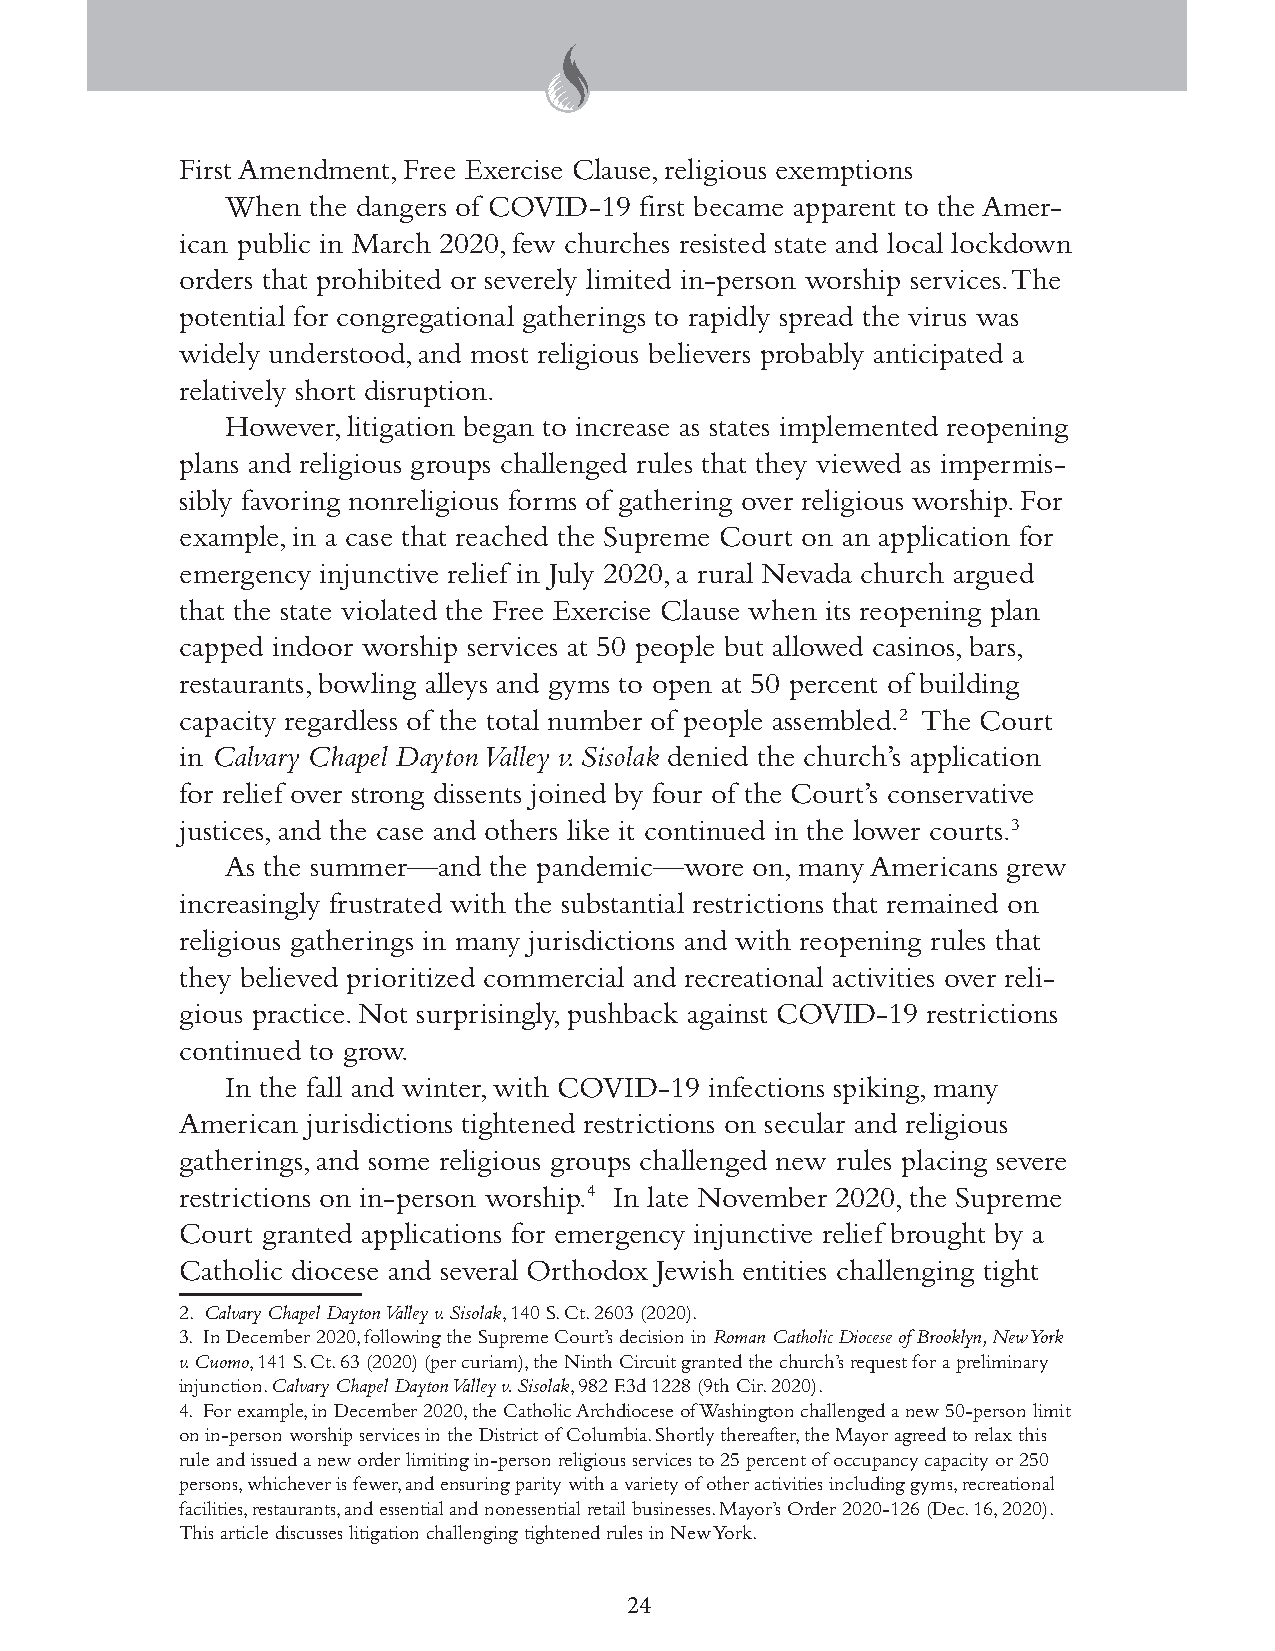
First Amendment, Free Exercise Clause, religious exemptions
 When the dangers of COVID-19 first became apparent to the Amer-
 ican public in March 2020, few churches resisted state and local lockdown
 orders that prohibited or severely limited in-person worship services. The
 potential for congregational gatherings to rapidly spread the virus was
 widely understood, and most religious believers probably anticipated a
 relatively short disruption.
 However, litigation began to increase as states implemented reopening
 plans and religious groups challenged rules that they viewed as impermis-
 sibly favoring nonreligious forms of gathering over religious worship. For
 example, in a case that reached the Supreme Court on an application for
 emergency injunctive relief in July 2020, a rural Nevada church argued
 that the state violated the Free Exercise Clause when its reopening plan
 capped indoor worship services at 50 people but allowed casinos, bars,
 restaurants, bowling alleys and gyms to open at 50 percent of building
 capacity regardless of the total number of people assembled.2 The Court
 in Calvary Chapel Dayton Valley v. Sisolak denied the church’s application
 for relief over strong dissents joined by four of the Court’s conservative
 justices, and the case and others like it continued in the lower courts.3
 As the summer—and the pandemic—wore on, many Americans grew
 increasingly frustrated with the substantial restrictions that remained on
 religious gatherings in many jurisdictions and with reopening rules that
 they believed prioritized commercial and recreational activities over reli-
 gious practice. Not surprisingly, pushback against COVID-19 restrictions
 continued to grow.
 In the fall and winter, with COVID-19 infections spiking, many
 American jurisdictions tightened restrictions on secular and religious
 gatherings, and some religious groups challenged new rules placing severe
 restrictions on in-person worship.4 In late November 2020, the Supreme
 Court granted applications for emergency injunctive relief brought by a
 Catholic diocese and several Orthodox Jewish entities challenging tight
 2. Calvary Chapel Dayton Valley v. Sisolak, 140 S. Ct. 2603 (2020).
 3. In December 2020, following the Supreme Court’s decision in Roman Catholic Diocese of Brooklyn, New York
 v. Cuomo, 141 S. Ct. 63 (2020) (per curiam), the Ninth Circuit granted the church’s request for a preliminary
 injunction. Calvary Chapel Dayton Valley v. Sisolak, 982 F.3d 1228 (9th Cir. 2020).
 4. For example, in December 2020, the Catholic Archdiocese of Washington challenged a new 50-person limit
 on in-person worship services in the District of Columbia. Shortly thereafter, the Mayor agreed to relax this
 rule and issued a new order limiting in-person religious services to 25 percent of occupancy capacity or 250
 persons, whichever is fewer, and ensuring parity with a variety of other activities including gyms, recreational
 facilities, restaurants, and essential and nonessential retail businesses. Mayor’s Order 2020-126 (Dec. 16, 2020).
 This article discusses litigation challenging tightened rules in New York.
 24